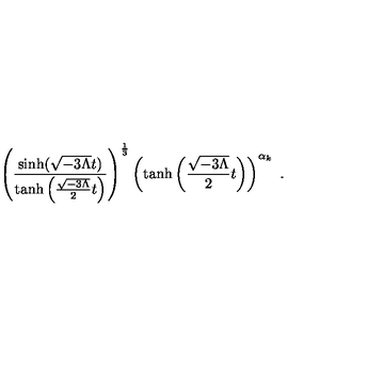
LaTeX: \left( \frac { \sinh ( \sqrt { - 3 \Lambda } t ) } { \tanh \left( \frac { \sqrt { - 3 \Lambda } } { 2 } t \right) } \right) ^ { \frac { 1 } { 3 } } \left( \tanh \left( \frac { \sqrt { - 3 \Lambda } } { 2 } t \right) \right) ^ { \alpha _ { k } } \ .